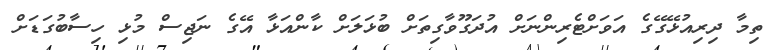
ތިމާ ދިރިއުޅޭގޭގެ އަވަށްޓެރިންނަށް އުދަގޫވާގިތަށް ބުޅަލަށް ކާންއަޅާ އޭގެ ނަޖިސް މުޅި ހިސާބުގަޑަށް